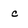
Character: c